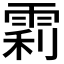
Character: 𬯼